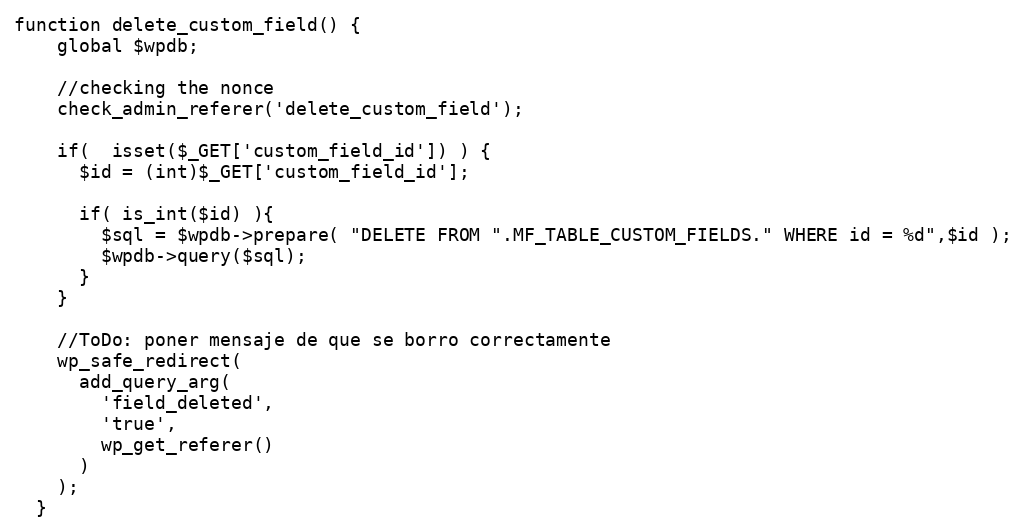
Language: PHP
function delete_custom_field() {
    global $wpdb;

    //checking the nonce
    check_admin_referer('delete_custom_field');

    if(  isset($_GET['custom_field_id']) ) {
      $id = (int)$_GET['custom_field_id'];

      if( is_int($id) ){
        $sql = $wpdb->prepare( "DELETE FROM ".MF_TABLE_CUSTOM_FIELDS." WHERE id = %d",$id );
        $wpdb->query($sql);
      }
    }

    //ToDo: poner mensaje de que se borro correctamente
    wp_safe_redirect(
      add_query_arg(
        'field_deleted',
        'true',
        wp_get_referer()
      )
    );
  }